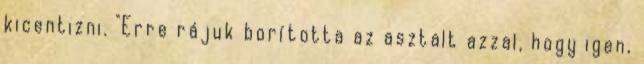
kicentizni. "Erre rájuk borította az asztalt azzal, hogy igen,